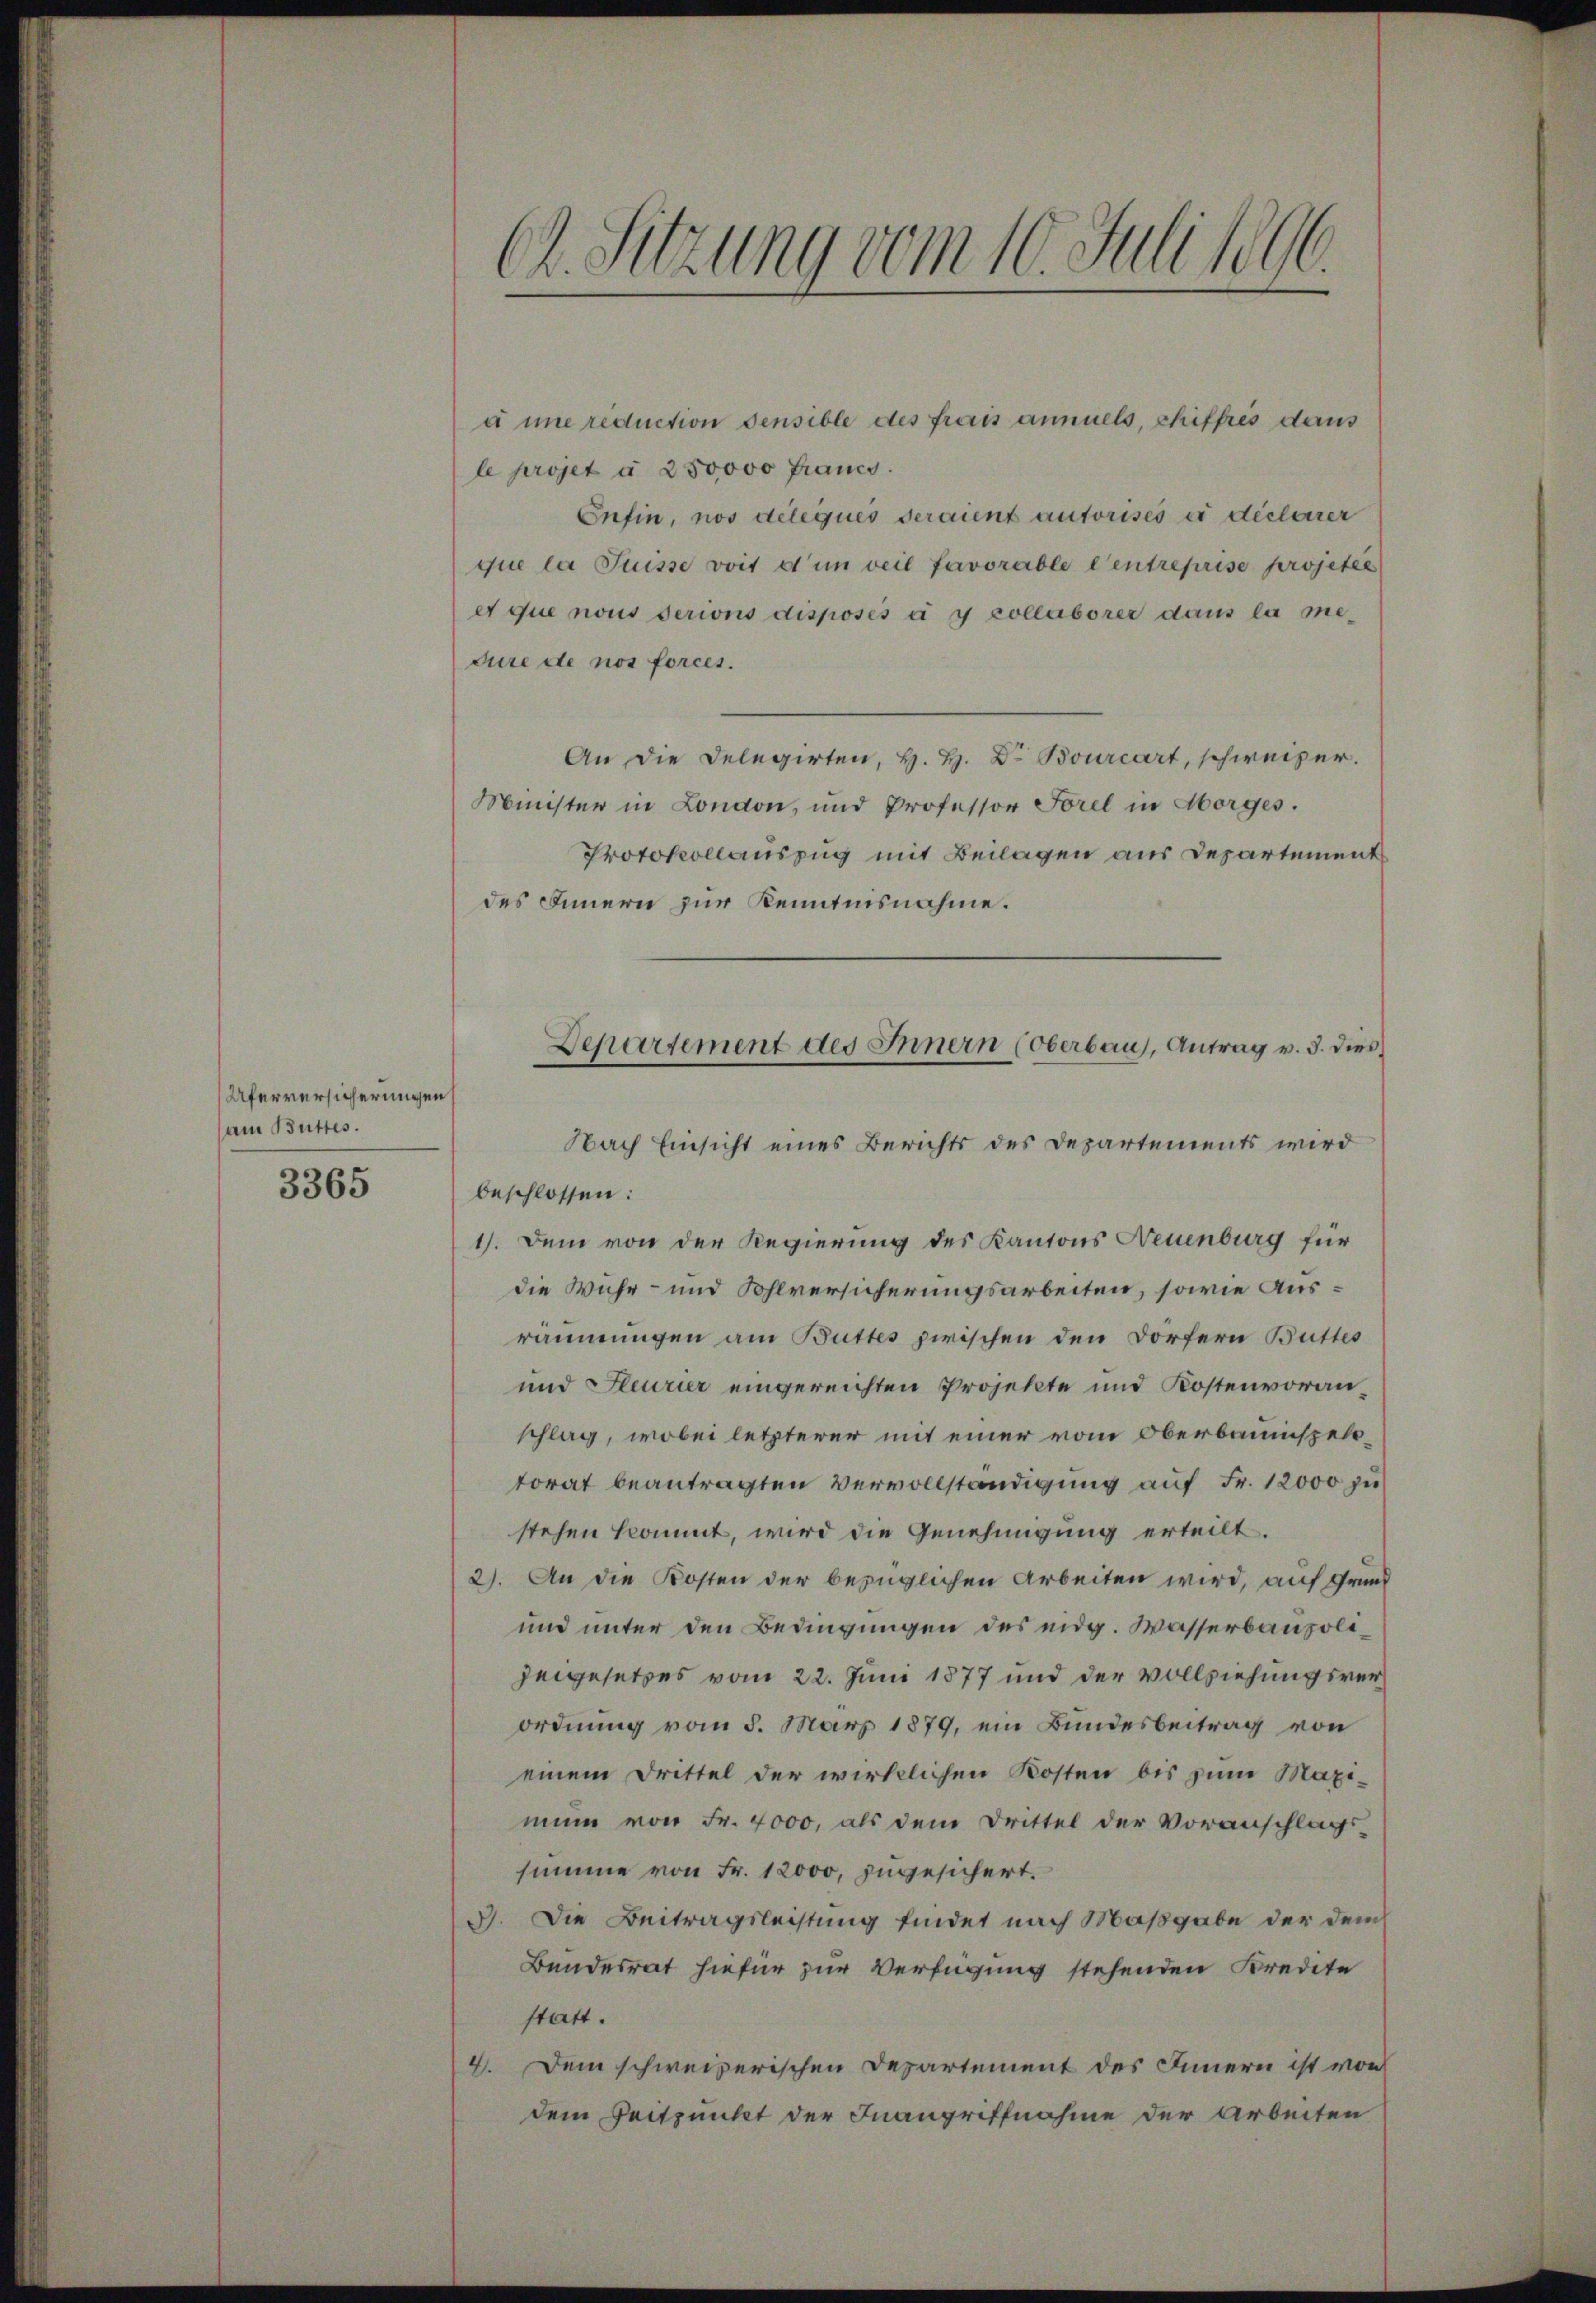
Uferversicherungen
am Buttes.
3365

Ch. Sitzung vom 10. Juli 1896.

à une reduction densible des frais annuels, chiffres dans
le projet à 250000 Francs.
Enfin, nos délégués seraient autorises in dictarrer
que la Suisse voit den weil favorable Centreprise projeter
er que nous serions disposés à y collabores dans la medure de nos forces.
An die Delegirten, H. H. Dr Bourcart, schweizer.
Minister in London, und Professor Sorel in Morges.
Protokollauszug mit Beilagen aus Departement
des Innern zur Kenntnisnahme.
Nach Einsicht eines Berichts des Departements wird
beschlossen:
1). Dem von der Regierung des Kantons Neuenburg für
die Wuhr- und Sohlversicherungsarbeiten, sowie Ausräumungen am Buttes zwischen den Dörfern Buttes
und Feurier eingereichten Projekte und Kostenvoranschlag, wobei letzterer mit einer vom Oberbauinspeltorat beantragten Vervollständigung auf Fr. 12000 zu
stehen kommt, wird die Genehmigung erteilt.
2). An die Kosten der bezüglichen Arbeiten wird, auf Grund
und unter den Bedingungen des eidg. Wasserbaupolizeigesetzes vom 22. Juni 1877 und der Vollziehungsverordnung vom 5. März 1879, ein Bundesbeitrag von
einem Drittel der wirklichen Kosten bis zum Maxi-
mun von Fr. 4000, als dem Drittel der Voranschlags-
summe von Fr. 12000, zugesichert.
3. Die Beitragsleistung findet nach Maßgabe der dem
Bundesrat hiefür zur Verfügung stehenden Kredite
statt.
4. Dem schweizerischen Departement des Innern ist von
dem Zeitpunkt der Inangriffnahme der Arbeiten

Departement des Innern (Oberbau, Antrag v. 3. dies